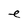
Character: e